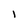
Character: I